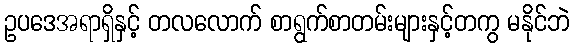
ဥပဒေအရာရှိနှင့် တလလောက် စာရွက်စာတမ်းများနှင့်တကွ မနိုင်ဘဲ